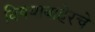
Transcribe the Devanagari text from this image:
विषयाबाहेरचे